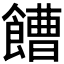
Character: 𩞄